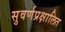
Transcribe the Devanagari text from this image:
सुवर्णप्रक्षालित